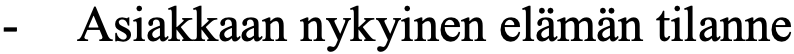
- Asiakkaan nykyinen elämän tilanne